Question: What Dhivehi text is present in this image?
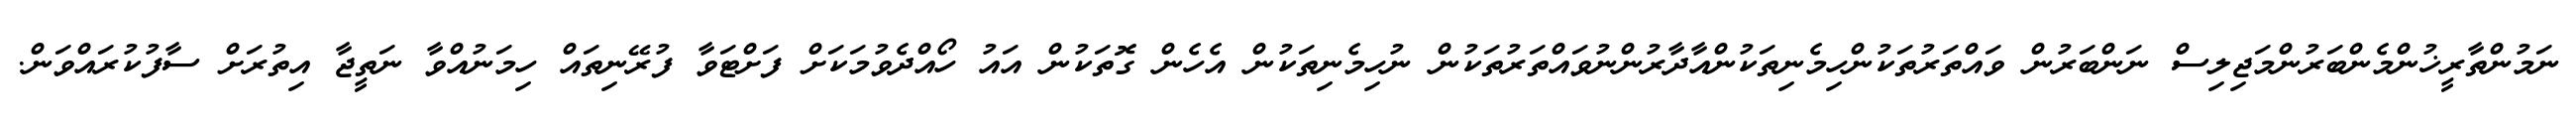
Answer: ނަމުންތާރީޚުންމެންބަރުންމަޖިލިސް ނަންބަރުން ވައްތަރުތަކުންހިމެނިތަކުންއާދާރުންނުވައްތަރުތަކުން ނުހިމެނިތަކުން އެހެން ގޮތަކުން އައު ހޯއްދެވުމަކަށް ފަށްޓަވާ ފުރޭނިތައް ހިމަނުއްވާ ނަތީޖާ އިތުރަށް ސާފުކުރައްވަން.